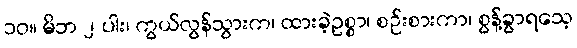
၁၀။ မိဘ ၂ ပါး၊ ကွယ်လွန်သွားက၊ ထားခဲ့ဥစ္စာ၊ စဉ်းစားကာ၊ စွန့်ခွာရသေ့